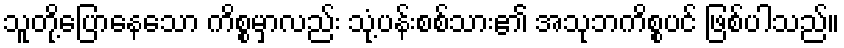
သူတို့ပြောနေသော ကိစ္စမှာလည်း သုံ့ပန်းစစ်သား၏ အသုဘကိစ္စပင် ဖြစ်ပါသည်။